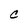
Character: C